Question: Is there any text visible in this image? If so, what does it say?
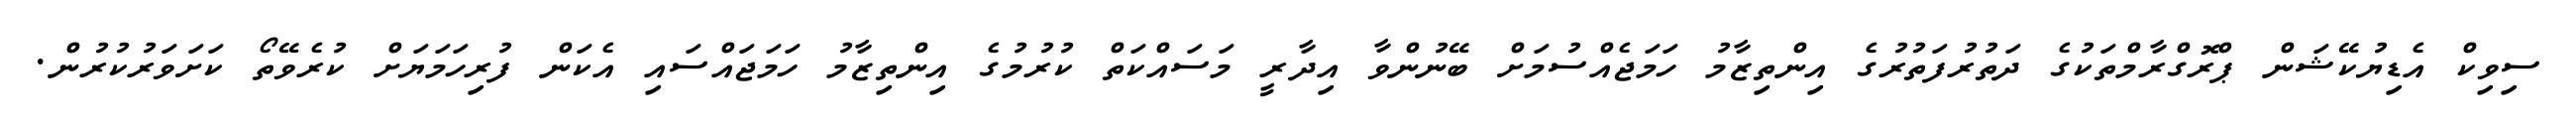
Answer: ސިވިކް އެޑިޔުކޭޝަން ޕްރޮގްރާމްތަކުގެ ދަތުރުފަތުރުގެ އިންތިޒާމު ހަމަޖެއްސުމަށް ބޭނުންވާ އިދާރީ މަސައްކަތް ކުރުމުގެ އިންތިޒާމު ހަމަޖައްސައި އެކަން ފުރިހަމަޔަށް ކުރެވޭތޯ ކަށަވަރުކުރުން.